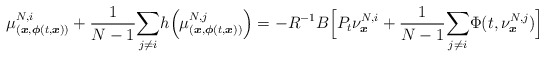
\begin{align*}\mu_{(\boldsymbol{x},\boldsymbol{\phi}(t,\boldsymbol{x}))}^{N,i}+\frac{1}{N-1}\underset{j\neq i}{\sum}h\Big(\mu_{(\boldsymbol{x},\boldsymbol{\phi}(t,\boldsymbol{x}))}^{N,j} \Big)=-R^{-1}B\Big[P_t\nu^{N,i}_{\boldsymbol{x}}+\frac{1}{N-1}\underset{j\neq i}{\sum}\Phi(t,\nu^{N,j}_{\boldsymbol{x}})\Big]\end{align*}